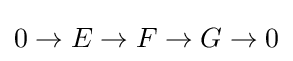
0\to E\to F\to G\to 0